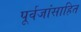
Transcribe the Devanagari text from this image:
पूर्वजांसाहित